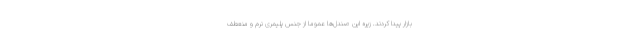
بازار پیدا کردند. زیره این صندل‌ها عموما از جنس پلیمری نرم و منعطف